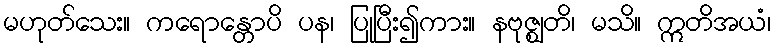
မဟုတ်သေး။ ကရောန္တောပိ ပန၊ ပြုပြီး၍ကား။ နဗုဇ္ဈတိ၊ မသိ။ ဣတိအယံ၊